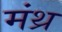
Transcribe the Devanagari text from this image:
मंथ्र